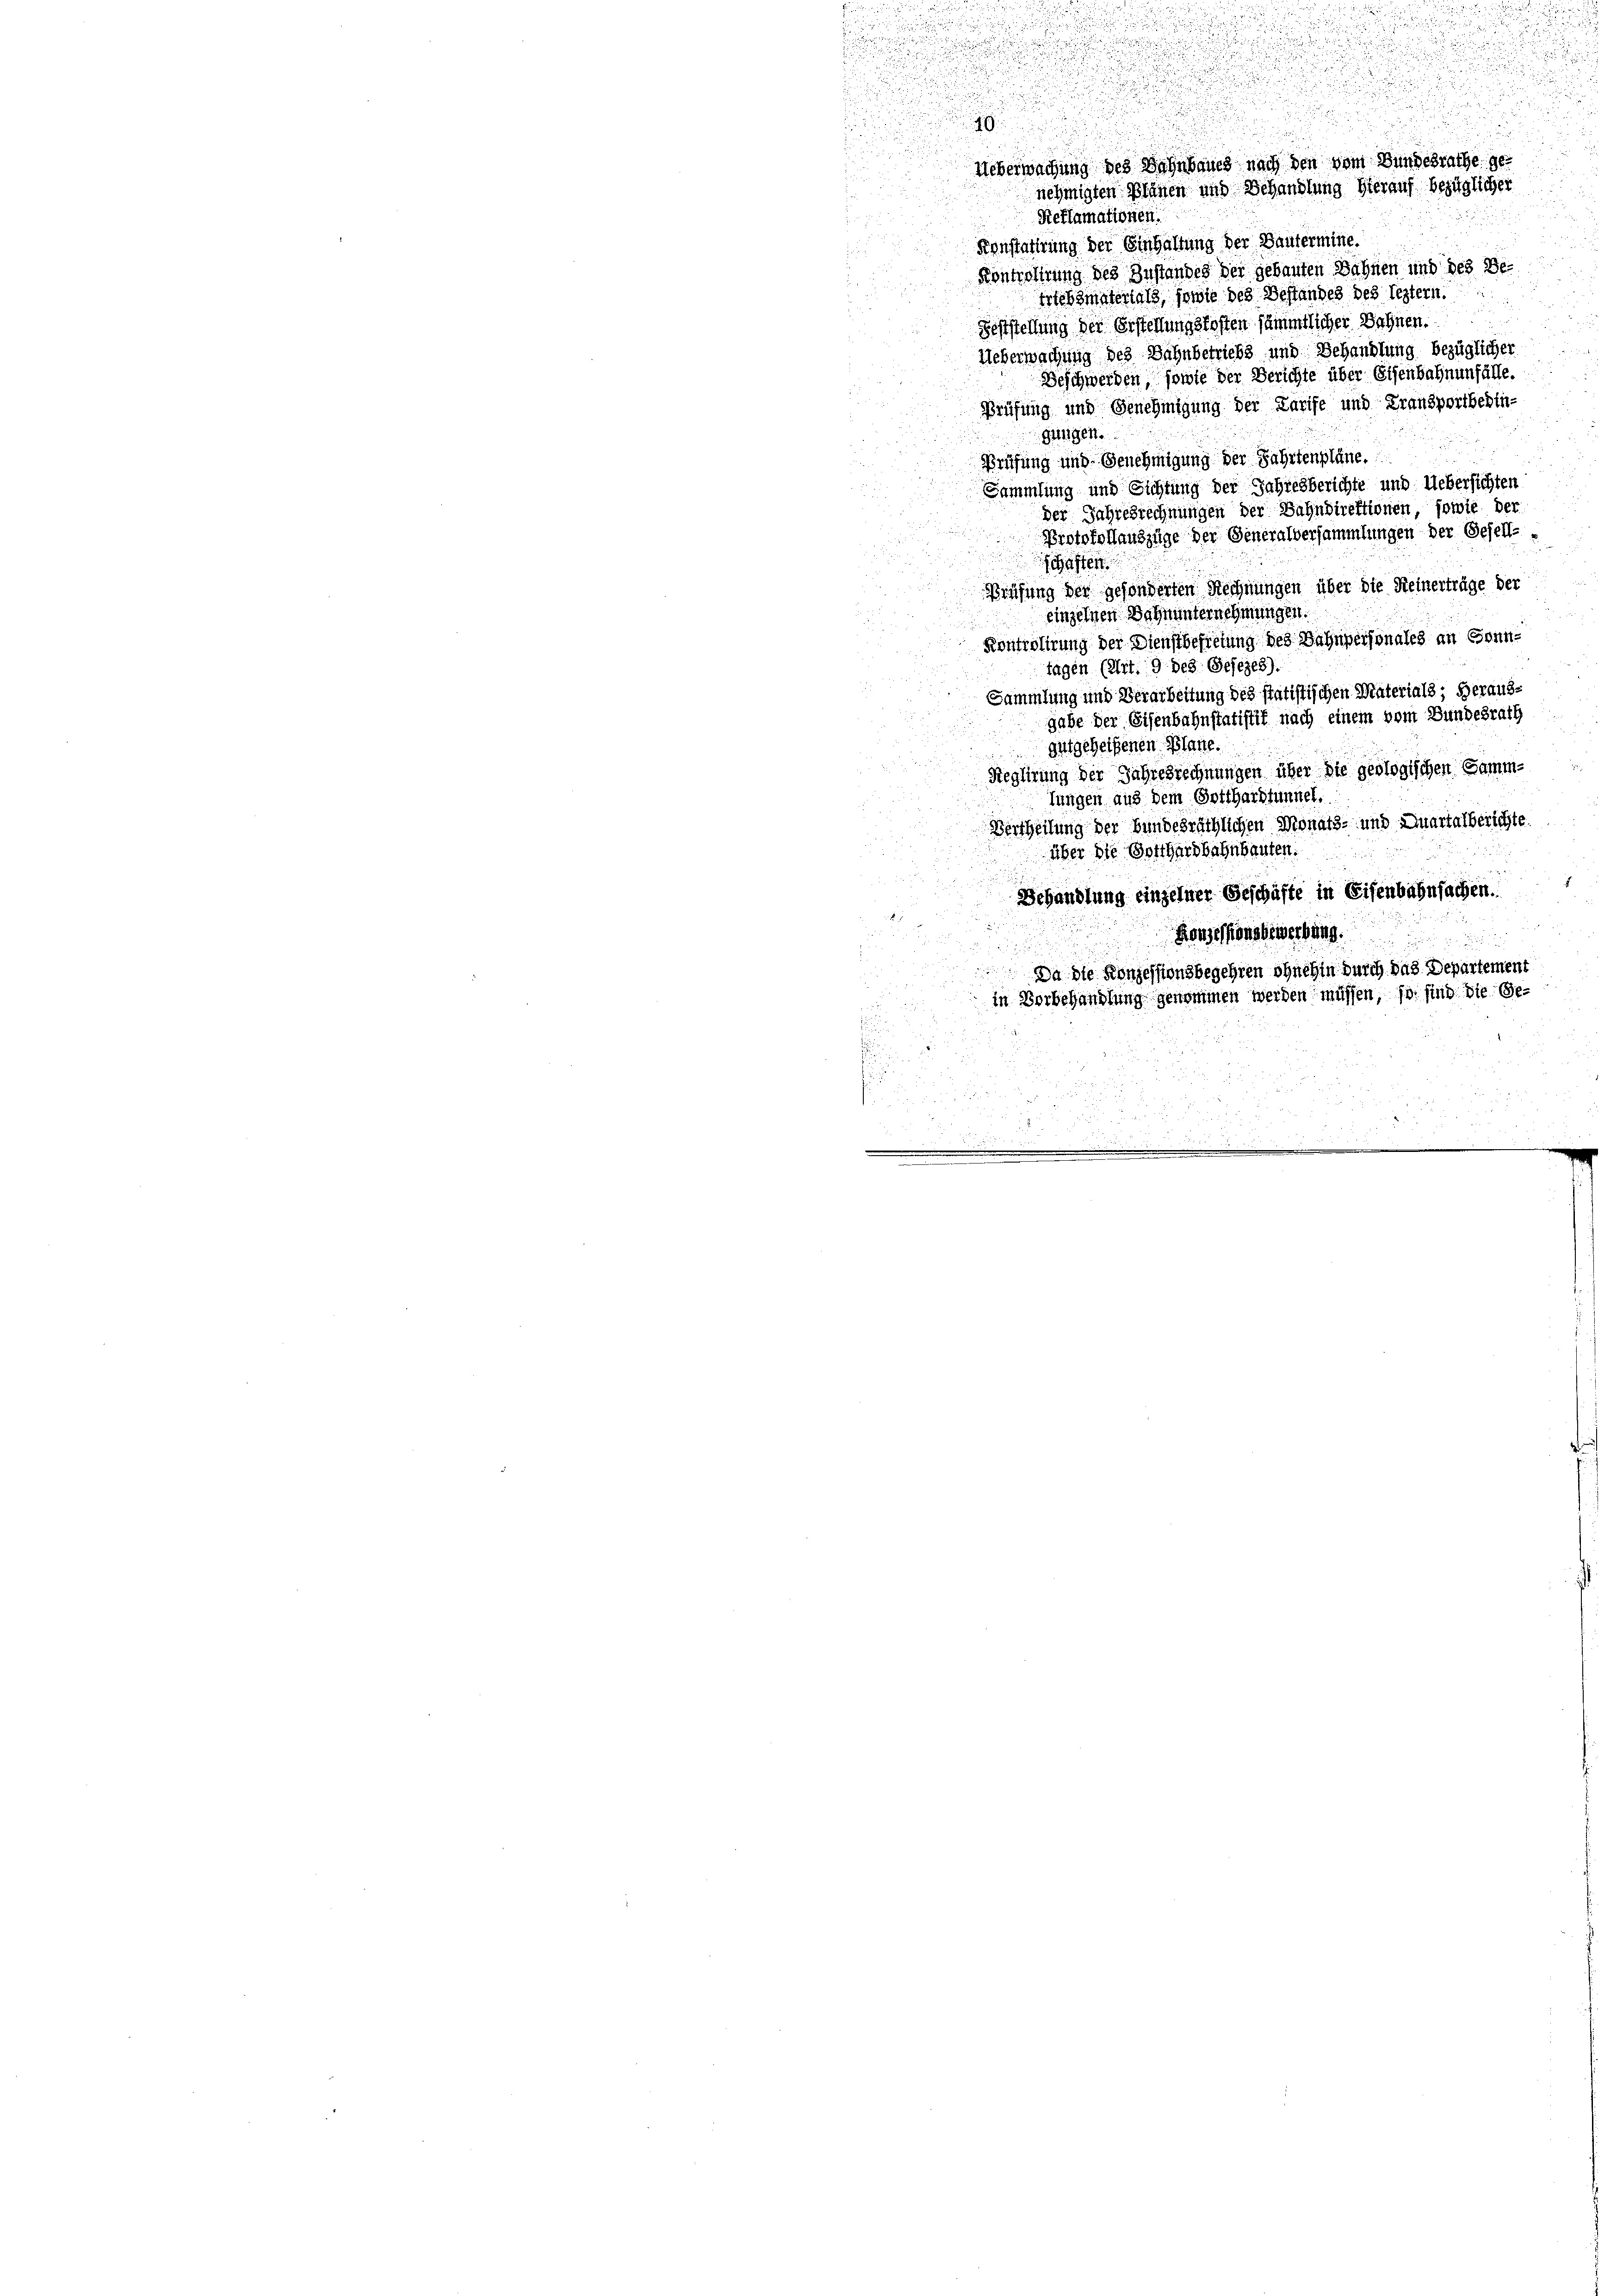
Konstatirung der Einhaltung der Dantermine.
Kontrolirung des Zustandes der gebauten Wahnen und des Be¬
Ertebmaterials, sowie des Bestandes des leztern.
Feststellung der Erstellungskosten sämmtlicher Wohnen.
Ueberwachung des Bahnbetriebs und Behandlung bezüglicher
Beschwerden, sowie der Berichte über Eisenbahnenfälle.
Prüfung und Genehmigung der Karife und Fransportbedin-
Gütigen.
Prüfung und Genehmigung der Fahrtenpläne.
Sammlung und Sichtung der Jahresberichte und Uebersichten
der Jahresrechnungen der Bahndirektionen, sowie der
Protokollauszüge der Generalversammlungen der Gesell-
schaften.
Prüfung der gesonderten Rechnungen über die Heinerträge der
einzelnen Wohnunternehmungen.
Kontrolirung der Dienstbefretung des Bahnpersonales an Csonn-
tagen (Art. 9 des Gesezes).
Sammlung und Verarbeitung des statistischen Materials, Herausgabe der Eisenbahnstatistit nach einem vom Bundesrath
gutgeheißenen Plane.
Reglirung der Jahresrechnungen über die geologischen Samm-
Jungen aus dem Gotthardtunnel.
Vertheilung der bundesräthlichen Donats- und Quartalberichte
über die Gotthardbahnbauten:
Behandlung einzelner Geschäfte in Eisenbahnfachen.
Konzessionsbewerbung.
u
 Da die Konzessionsbegehren ohnehin durch das Departement
in Vorbehandlung genommen werden müssen, so sind die Ge¬
.

u
9
Ueberwachung des Wohnbaues nach den vom Bundesrathe ge
un
nehmigten Plänen und Behandlung hierauf bezüglicher
r
Reflamationen.